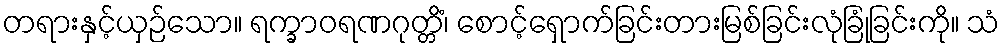
တရားနှင့်ယှဉ်သော။ ရက္ခာဝရဏဂုတ္တိံ၊ စောင့်ရှောက်ခြင်းတားမြစ်ခြင်းလုံခြုံခြင်းကို။ သံ